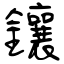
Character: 鑲